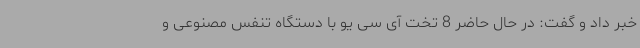
خبر داد و گفت: در حال حاضر 8 تخت آی سی یو با دستگاه تنفس مصنوعی و